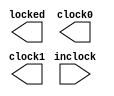
 module altclklock ( 
	inclock, 
//	inclocken, 
//	fbin, 
	locked, 
	clock0, 
	clock1); 
 
/* synthesis black_box */ 
 
	input	  inclock; 
//	input	  inclocken; 
//	input	  fbin; 
	output	  locked; 
	output	  clock0; 
	output	  clock1; 
 
/* synopsys translate_off*/ 
 
  
parameter inclock_period=10000; 
parameter inclock_settings = "UNUSED"; 
parameter valid_lock_cycles = 3; 
parameter invalid_lock_cycles = 3; 
parameter valid_lock_multiplier = 1; 
parameter invalid_lock_multiplier = 1; 
parameter operation_mode = "NORMAL"; 
parameter clock0_boost = 1; 
parameter clock0_divide = 1; 
parameter clock1_boost = 2; 
parameter clock1_divide = 1; 
parameter clock0_settings = "UNUSED"; 
parameter clock1_settings = "UNUSED"; 
parameter outclock_phase_shift = 0; 
 
 
 
 
reg clock0, clock1, locked; 
reg new_clock0, new_clock1, locked_int; 
reg start_new_clock0, start_new_clock1, outclock_start_edge; 
reg first_clock0_cycle, first_clock1_cycle; 
reg prev_inclock; 
wire inclocken; 
// internal reg 
 
integer pll0_half_period, pll1_half_period, phase_delay0, phase_delay1; 
integer inclock_edge_count; 
real lowcycle, highcycle; 
reg  cycleviolation; 
 
 
initial 
begin 
  locked_int = 0; 
  inclock_edge_count = 0; 
  first_clock0_cycle = 1; 
  first_clock1_cycle = 1; 
  lowcycle = 0; 
  highcycle = 0; 
  cycleviolation = 0; 
end 
    
assign inclocken = 1;   
always @ (inclock /*or inclocken*/) 
begin 
   if (locked_int == 0) begin 
      pll0_half_period = (inclock_period * clock0_divide)/(2 * clock0_boost); 
      pll1_half_period = (inclock_period * clock1_divide)/(2 * clock1_boost); 
//      if (outclock_phase_shift < 180.000) begin 
         outclock_start_edge = 1;  
//         phase_delay0 = (0.500 - (outclock_phase_shift/360.000)) * (2.000 * pll0_half_period); 
//         phase_delay1 = (0.500 - (outclock_phase_shift/360.000)) * (2.000 * pll1_half_period); 
//     end 
 
//      else if (outclock_phase_shift == 180.000) begin 
//         outclock_start_edge = 0; 
//         phase_delay0 = (outclock_phase_shift/360.000) * (2.000 * pll0_half_period); 
 //        phase_delay1 = (outclock_phase_shift/360.000) * (2.000 * pll1_half_period); 
  //    end 
  
   //   else begin 
    //     outclock_start_edge = 0;  
     //    phase_delay0 = ((outclock_phase_shift/360.000) - 0.500) * (2.000 * pll0_half_period); 
      //   phase_delay1 = ((outclock_phase_shift/360.000) - 0.500) * (2.000 * pll1_half_period); 
    
   //   end 
      phase_delay0 = outclock_phase_shift; 
      phase_delay1 = outclock_phase_shift; 
      start_new_clock0 = outclock_start_edge; 
      start_new_clock1 = !outclock_start_edge; 
   end 
       
   if ((inclocken == 0) || (cycleviolation == 1)) begin 
      inclock_edge_count = 0; 
      locked_int = 0; 
      locked = 0; 
   end 
   else if  (inclock != prev_inclock) begin // inclock edge detected 
      if (inclock == 1) begin 
         if (($realtime - lowcycle) != (inclock_period/2)) begin 
            $display ($time, "Error: Duty Cycle violation"); 
            cycleviolation = 1; 
         end 
         highcycle = $realtime; 
      end 
      if (inclock == 0) begin 
         if (($realtime - highcycle) != (inclock_period/2)) begin 
            $display ($time, "Error: Duty Cycle violation"); 
            cycleviolation = 1; 
         end 
         lowcycle = $realtime; 
      end 
      inclock_edge_count = inclock_edge_count + 1;  
      if (inclock_edge_count == valid_lock_cycles) begin 
         cycleviolation = 0; 
         locked_int = 1; 
         locked = 1; 
      end 
   end 
 
	prev_inclock = inclock; 
end 
 
always @ (new_clock0 or locked_int) 
begin 
      if (locked_int == 1) begin 
         if (first_clock0_cycle == 1) begin 
            clock0 = start_new_clock0; 
             # phase_delay0 new_clock0 <= ~start_new_clock0 ; 
         end 
         else begin 
            clock0 = new_clock0;  
            # (pll0_half_period) new_clock0 <= ~new_clock0 ; 
         end 
         first_clock0_cycle = 0; 
      end 
      else begin 
         first_clock0_cycle = 1; 
      end 
end 
 
always @ (new_clock1 or locked_int) 
begin 
      if (locked_int == 1) begin 
         if (first_clock1_cycle == 1) begin 
            clock1 = start_new_clock1; 
            #phase_delay1 new_clock1 <= ~start_new_clock1 ; 
         end 
         else begin 
            clock1 = new_clock1;  
            # (pll1_half_period) new_clock1 <= ~new_clock1 ; 
         end 
         first_clock1_cycle = 0; 
      end 
      else begin 
         first_clock1_cycle = 1; 
      end 
end 
//synopsys translate_on 
endmodule 
 
 
 
 
 
 
 
 
 
 
 
 
 
/* 
	wire  sub_wire0; 
	wire  sub_wire1; 
	wire  sub_wire2; 
	wire  clock0 = sub_wire0; 
	wire  clock1 = sub_wire1; 
	wire  locked = sub_wire2; 
 
	altclklock	altclklock_component ( 
				.fbin (fbin), 
				.inclocken (inclocken), 
				.inclock (inclock), 
				.clock0 (sub_wire0), 
				.clock1 (sub_wire1), 
				.locked (sub_wire2)); 
	defparam 
		altclklock_component.inclock_period = 40000, 
		altclklock_component.clock0_boost = 1, 
		altclklock_component.clock1_boost = 1, 
		altclklock_component.operation_mode = "EXTERNAL_FEEDBACK", 
		altclklock_component.valid_lock_cycles = 5, 
		altclklock_component.invalid_lock_cycles = 5, 
		altclklock_component.valid_lock_multiplier = 5, 
		altclklock_component.invalid_lock_multiplier = 5, 
		altclklock_component.clock0_divide = 1, 
		altclklock_component.clock1_divide = 1; 
*/ 
 
 
 
// ============================================================ 
// CNX file retrieval info 
// ============================================================ 
// Retrieval info: PRIVATE: DISPLAY_FREQUENCY STRING "25.0" 
// Retrieval info: PRIVATE: USING_FREQUENCY NUMERIC "0" 
// Retrieval info: PRIVATE: DEVICE_FAMILY NUMERIC "1" 
// Retrieval info: PRIVATE: FEEDBACK_SOURCE NUMERIC "1" 
// Retrieval info: PRIVATE: PHASE_UNIT NUMERIC "0" 
// Retrieval info: PRIVATE: USING_PROGRAMMABLE_PHASE_SHIFT NUMERIC "0" 
// Retrieval info: CONSTANT: INCLOCK_PERIOD NUMERIC "40000" 
// Retrieval info: CONSTANT: CLOCK0_BOOST NUMERIC "1" 
// Retrieval info: CONSTANT: CLOCK1_BOOST NUMERIC "1" 
// Retrieval info: CONSTANT: OPERATION_MODE STRING "EXTERNAL_FEEDBACK" 
// Retrieval info: CONSTANT: VALID_LOCK_CYCLES NUMERIC "5" 
// Retrieval info: CONSTANT: INVALID_LOCK_CYCLES NUMERIC "5" 
// Retrieval info: CONSTANT: VALID_LOCK_MULTIPLIER NUMERIC "5" 
// Retrieval info: CONSTANT: INVALID_LOCK_MULTIPLIER NUMERIC "5" 
// Retrieval info: CONSTANT: CLOCK0_DIVIDE NUMERIC "1" 
// Retrieval info: CONSTANT: CLOCK1_DIVIDE NUMERIC "1" 
// Retrieval info: USED_PORT: inclock 0 0 0 0 INPUT NODEFVAL inclock 
// Retrieval info: USED_PORT: locked 0 0 0 0 OUTPUT NODEFVAL locked 
// Retrieval info: USED_PORT: inclocken 0 0 0 0 INPUT NODEFVAL inclocken 
// Retrieval info: USED_PORT: fbin 0 0 0 0 INPUT NODEFVAL fbin 
// Retrieval info: USED_PORT: clock0 0 0 0 0 OUTPUT NODEFVAL clock0 
// Retrieval info: USED_PORT: clock1 0 0 0 0 OUTPUT NODEFVAL clock1 
// Retrieval info: CONNECT: @inclock 0 0 0 0 inclock 0 0 0 0 
// Retrieval info: CONNECT: locked 0 0 0 0 @locked 0 0 0 0 
// Retrieval info: CONNECT: @inclocken 0 0 0 0 inclocken 0 0 0 0 
// Retrieval info: CONNECT: @fbin 0 0 0 0 fbin 0 0 0 0 
// Retrieval info: CONNECT: clock0 0 0 0 0 @clock0 0 0 0 0 
// Retrieval info: CONNECT: clock1 0 0 0 0 @clock1 0 0 0 0